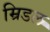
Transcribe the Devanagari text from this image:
म्रिडल